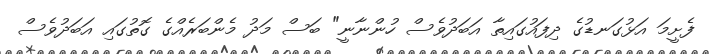
ފެށީމަ އަޅުގަނޑުގެ ދިފައުގައިތާ އަބަދުވެސް ހުންނާނީ" ބަސް މަދު މެންބަރެއްގެ ގޮތުގައި އަބަދުވެސް